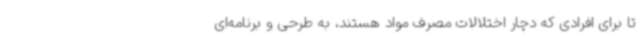
تا برای افرادی که دچار اختلالات مصرف مواد هستند، به طرحی و برنامه‌ای